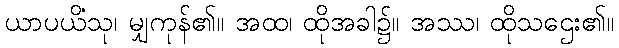
ယာပယိံသု၊ မျှကုန်၏။ အထ၊ ထိုအခါ၌။ အဿ၊ ထိုသဌေး၏။